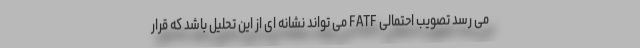
می رسد تصویب احتمالی FATF می تواند نشانه ای از این تحلیل باشد که قرار